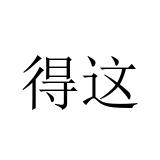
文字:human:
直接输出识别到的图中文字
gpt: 得这